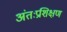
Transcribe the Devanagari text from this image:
अंतःप्रशिक्षण